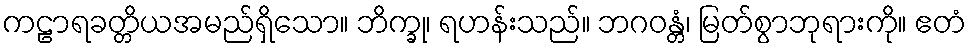
ကဠာရခတ္တိယအမည်ရှိသော။ ဘိက္ခု၊ ရဟန်းသည်။ ဘဂဝန္တံ၊ မြတ်စွာဘုရားကို။ ဧတံ